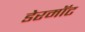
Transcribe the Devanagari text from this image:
डेरमॉट